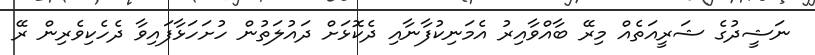
ނަޝީދުގެ ޝަރީއަތެއް މިރޭ ބާއްވާއިރު އެމަނިކުފާނާއި ދެކޮޅަށް ދައުލަތުން ހުށަހަޅާފައިވާ ދެހެކިވެރިން ރޭ